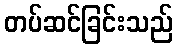
တပ်ဆင်ခြင်းသည်